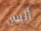
أليس